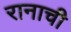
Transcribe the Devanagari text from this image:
रानाची